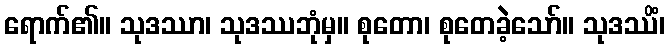
ရောက်၏။ သုဒဿာ၊ သုဒဿဘုံမှ။ စုတော၊ စုတေခဲ့သော်။ သုဒဿိံ၊